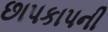
છાપકાપની